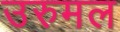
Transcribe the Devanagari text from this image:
उरुमल